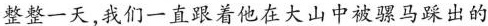
整整一天，我们一直跟着他在大山中被骡马踩出的